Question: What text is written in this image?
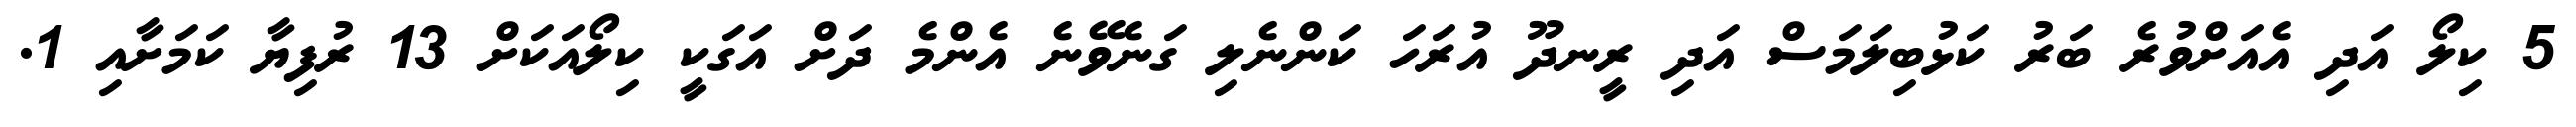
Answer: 5 ކިލޯ އަދި އެއަށްވުރެ ބަރު ކަޅުބިލަމަސް އަދި ރީނދޫ އުރަހަ ކަންނެލި ގަނެވޭނެ އެންމެ ދަށް އަގަކީ ކިލޯއަކަށް 13 ރުފިޔާ ކަމަށާއި 1.